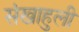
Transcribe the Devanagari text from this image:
संखाहुली